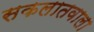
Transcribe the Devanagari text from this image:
सकलातवाला